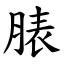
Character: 脿